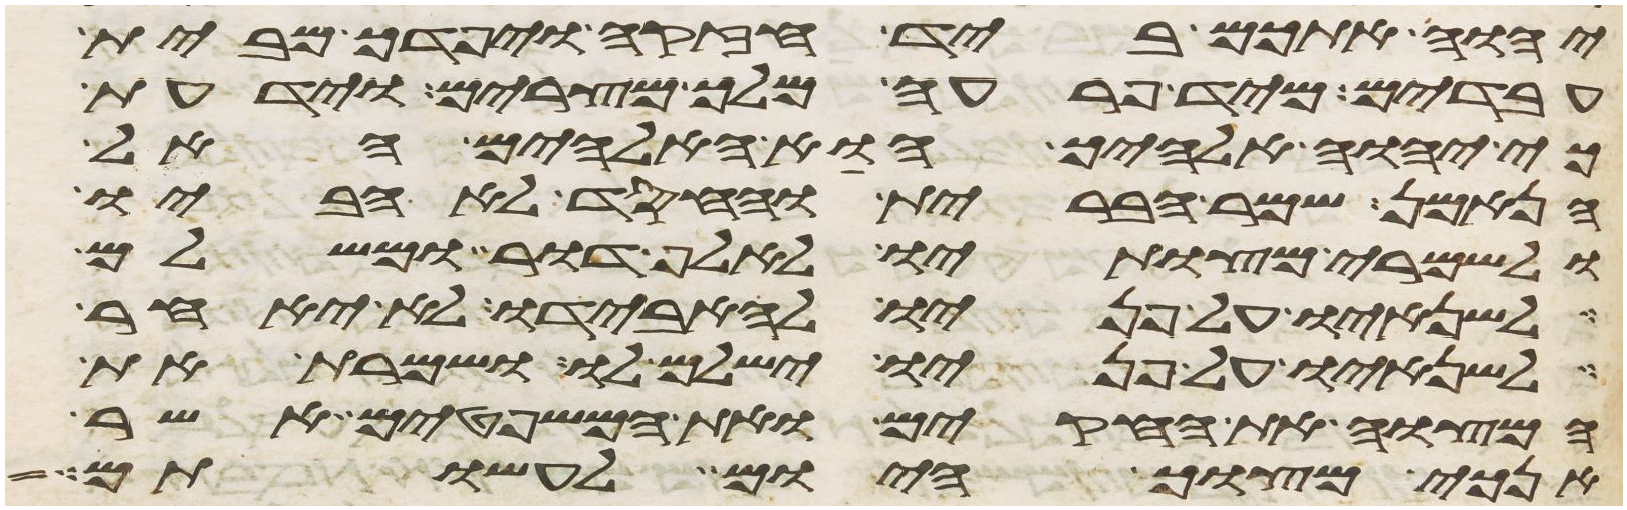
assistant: יהוה אתכם ביד חזקה ויפדך מבית
עבדים מיד פרעה מלך מצרים וידעת
כי יהוה אלהיך הוא האלהים האל
הנאמן שמר הברית והחסד לאהביו
ולשמרי מצותיו לאלף דור ומשלם
לשנאיו על פניו להאבידו לא יאחר
לשנאיו על פניו ישלם לו ושמרת את
המצוה את החקים ואת המשפטים אשר
אנכי מצוך היום לעשותם